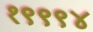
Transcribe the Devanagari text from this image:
१९९९४